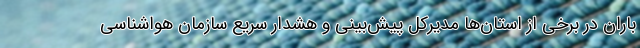
باران در برخی از استان‌ها مدیرکل پیش‌بینی و هشدار سریع سازمان هواشناسی